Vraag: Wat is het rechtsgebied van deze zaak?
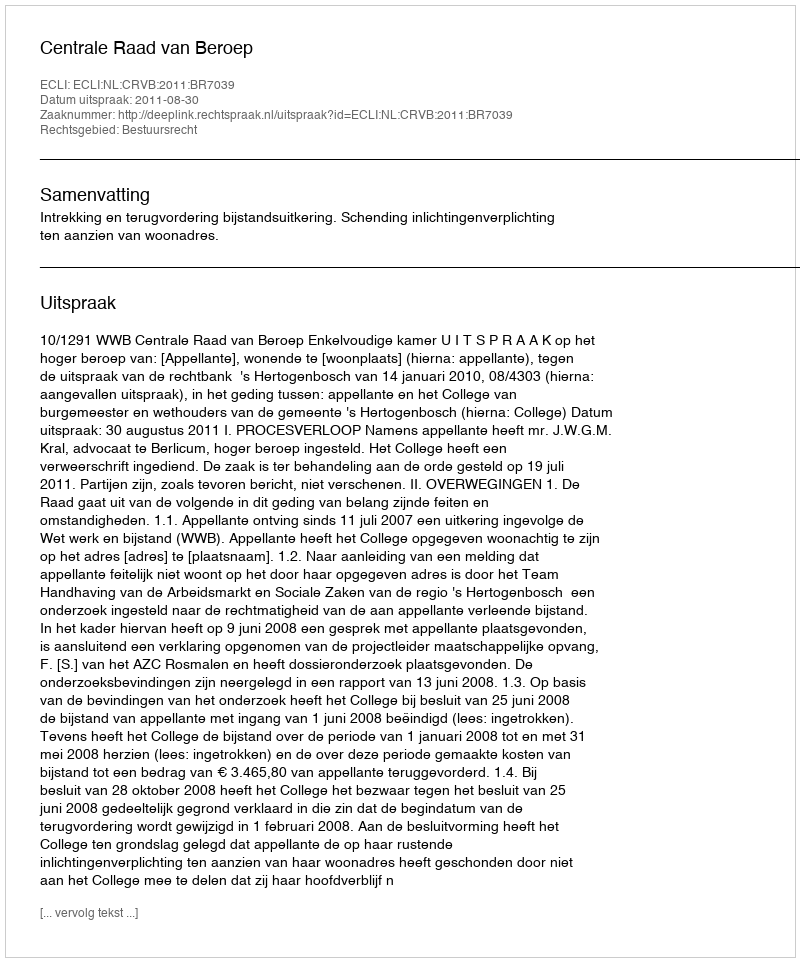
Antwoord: Bestuursrecht